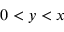
0 < y < x